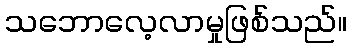
သဘောလေ့လာမှုဖြစ်သည်။